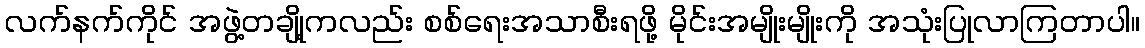
လက်နက်ကိုင် အဖွဲ့တချို့ကလည်း စစ်ရေးအသာစီးရဖို့ မိုင်းအမျိုးမျိုးကို အသုံးပြုလာကြတာပါ။